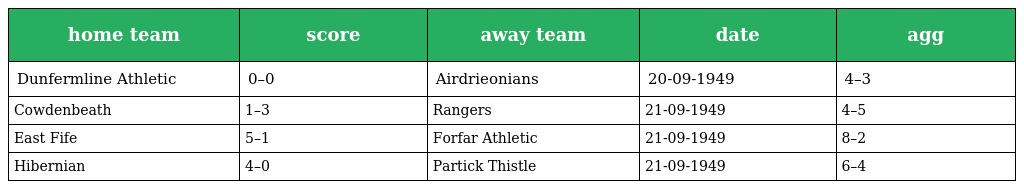
| home team | score | away team | date | agg |
 | --- | --- | --- | --- | --- |
 | Dunfermline Athletic | 0–0 | Airdrieonians | 20-09-1949 | 4–3 |
 | Cowdenbeath | 1–3 | Rangers | 21-09-1949 | 4–5 |
 | East Fife | 5–1 | Forfar Athletic | 21-09-1949 | 8–2 |
 | Hibernian | 4–0 | Partick Thistle | 21-09-1949 | 6–4 |